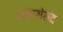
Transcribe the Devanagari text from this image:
आंध्रसंसद